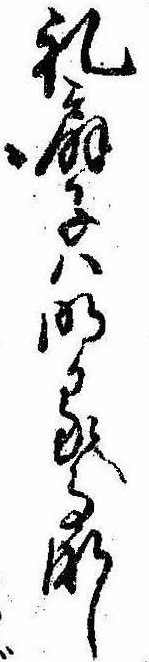
礼扇子は明る事なし